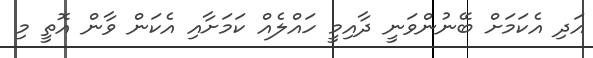
އަދި އެކަމަށް ބޭނުންވަނީ ދާއިމީ ހައްލެއް ކަމަށާއި އެކަން ވާން އޮތީ މި